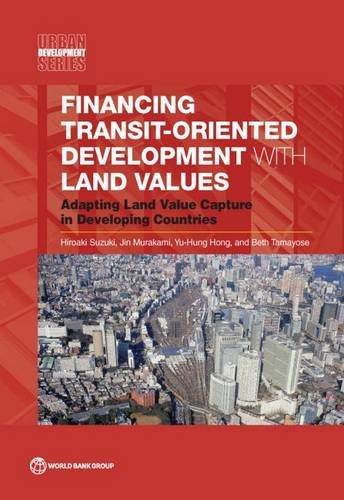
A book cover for Financing Transit-Oriented Development with Land Values: Adapting Land Value Capture in Developing Countries (Urban Development); Hiroaki Suzuki; Business & Money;